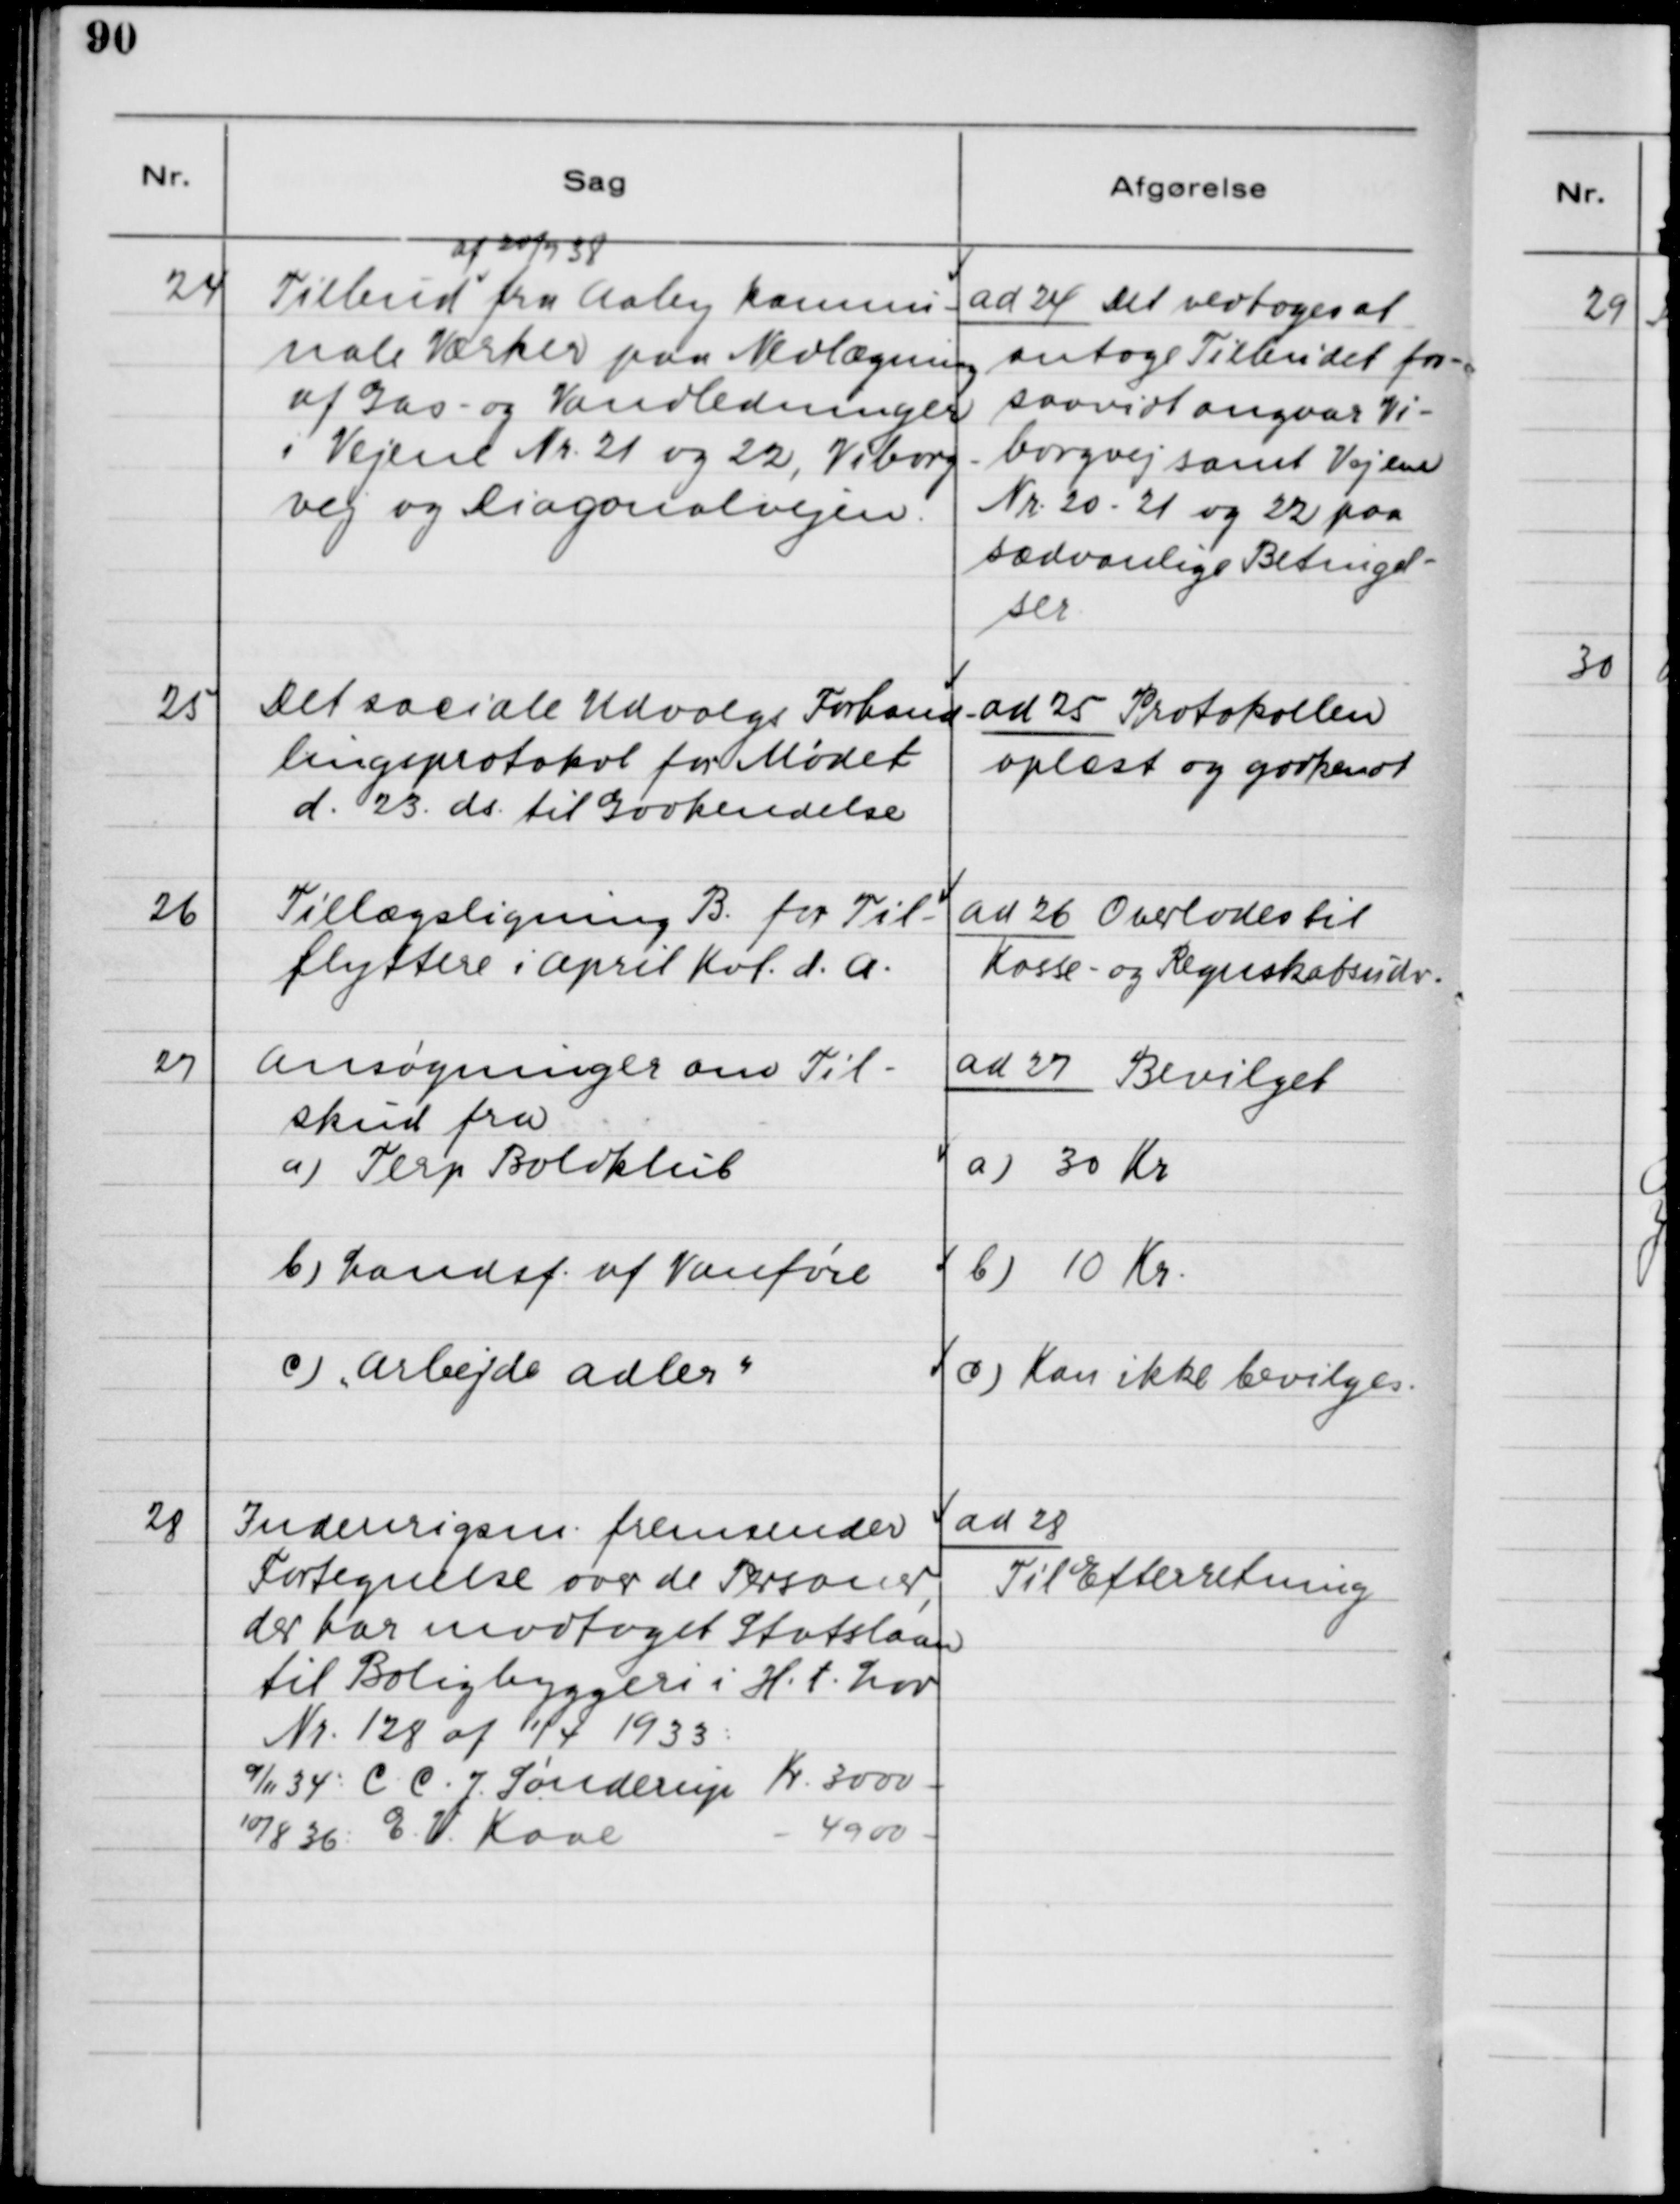
Transskription:
24. Tilbud af 20/3 38 fra Aaby kommu-
nale Værker paa Nedlægning
af Gas- og Vandledninger
i Vejene Nr. 21 og 22, Viborg-
vej og Diagonalvejen.

ad 24. Det vedtoges at
antage Tilbudet for-
saavidt angaar Vi-
borgvej samt Vejene
Nr. 20 - 21 og 22 paa
sædvanlige Betingel-
ser.

25. Det sociale Udvalgs Forhand-
lingsprotokol for Mødet
d. 23. ds. til Godkendelse.

ad 25. Protokollen
oplæst og godkendt.

26. Tillægsligning B for Til-
flyttere i April Kvt. d.A.

ad 26. Overlades til
Kasse- og Regnskabsudv.

27. Ansøgninger om Til-
skud fra
a) Terp Boldklub
b) Landsf. af Vanføre
c) "Arbejde Adler"

ad 27. Bevilget
a) 30 Kr.
b) 10 Kr.
c) Kan ikke bevilges

28. Indenrigsm. fremsender
Fortegnelse over de Personer,
der har modtaget Statslaan
til Boligbyggeri i H.t. Lov
Nr. 128 af 11/4 1933:
9/11 34: C. C. Sønderup Kr. 3000 -
10/8 36: E. V. Kaae Kr. 4900 -

ad 28.
Til Efterretning